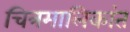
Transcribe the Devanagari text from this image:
चित्रमालिकांत